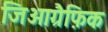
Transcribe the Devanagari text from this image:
जिओग्रैफ़िक